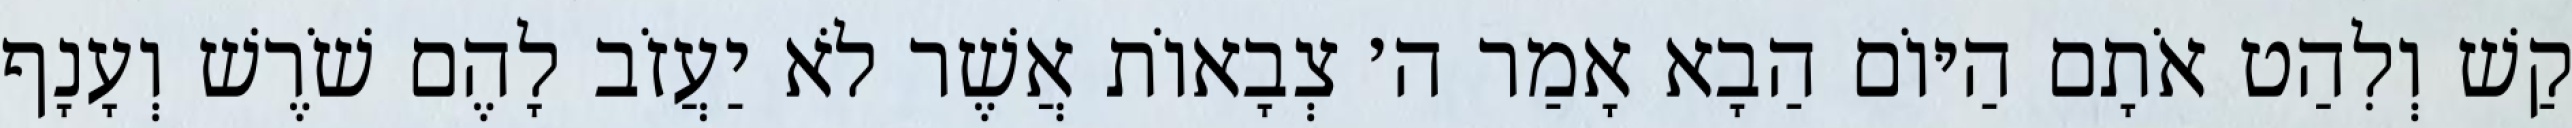
קַשׁ וְלִהַט אֹתָם הַיּוֹם הַבָא אָמַר ה׳ צְבָאוֹת אֲשֶׁר לֹא יַעֲזֹב לָהֶם שֹׁרֶשׁ וְעָנָף